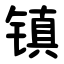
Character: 镇